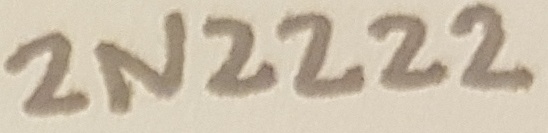
Text: 2N2222